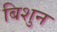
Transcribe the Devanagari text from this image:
बिशुन